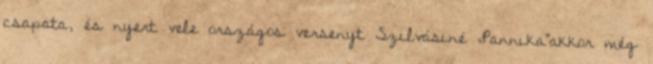
csapata, és nyert vele országos versenyt Szilvásiné „Pannika”akkor még